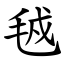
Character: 㲓